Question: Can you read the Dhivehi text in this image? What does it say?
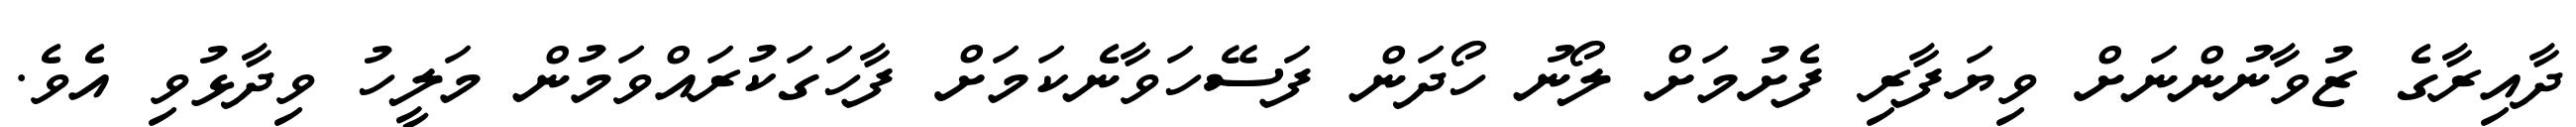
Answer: ދާއިރާގެ ޒުވާނުންނަށް ވިޔަފާރި ފެށުމަށް ލޯނު ހޯދަން ފަސޭހަވާނެކަމަށް ފާހަގަކުރައްވަމުން މަލީހު ވިދާޅުވި އެވެ.